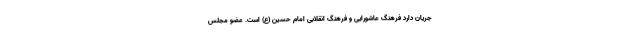
جریان دارد فرهنگ عاشورایی و فرهنگ انقلابی امام حسین (ع) است. عضو مجلس